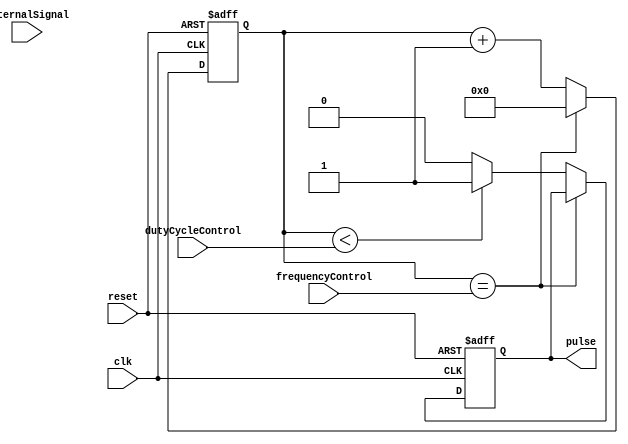
module ProgrammablePulseGenerator (
    input clk,
    input reset,
    input frequencyControl,
    input dutyCycleControl,
    input externalSignal,
    output reg pulse
);

reg [15:0] count;
reg sync;
reg enablePulse;

always @(posedge clk or posedge reset) begin
    if (reset) begin
        count <= 16'b0;
        sync <= 1'b0;
        enablePulse <= 1'b0;
        pulse <= 1'b0;
    end else begin
        if (count == frequencyControl) begin
            count <= 16'b0;
            enablePulse <= 1'b0;
        end else begin
            count <= count + 1;
            if (count < dutyCycleControl) begin
                pulse <= 1'b1;
            end else begin
                pulse <= 1'b0;
            end
        end
        
        if (externalSignal == 1'b1) begin
            sync <= 1'b1;
        end else begin
            sync <= 1'b0;
        end
    end
end

always @(posedge sync) begin
    if (sync == 1'b1) begin
        enablePulse <= 1'b1;
    end
end

endmodule